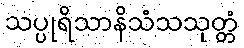
သပ္ပုရိသာနိသံသသုတ္တံ